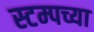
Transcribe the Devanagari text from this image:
स्टम्पच्या